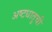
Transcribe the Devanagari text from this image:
अष्टधातुची